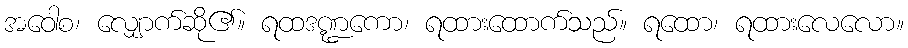
အဝေါစ၊ လျှောက်ဆို၏။ ရထဒဏ္ဍကော၊ ရထားထောက်သည်။ ရထော၊ ရထားလေလော။